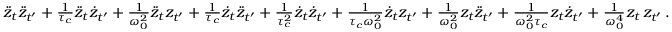
\begin{array} { r l } & { \ddot { z } _ { t } \ddot { z } _ { t ^ { \prime } } + \frac { 1 } { \tau _ { c } } \ddot { z } _ { t } \dot { z } _ { t ^ { \prime } } + \frac { 1 } { \omega _ { 0 } ^ { 2 } } \ddot { z } _ { t } z _ { t ^ { \prime } } + \frac { 1 } { \tau _ { c } } \dot { z } _ { t } \ddot { z } _ { t ^ { \prime } } + \frac { 1 } { \tau _ { c } ^ { 2 } } \dot { z } _ { t } \dot { z } _ { t ^ { \prime } } + \frac { 1 } { \tau _ { c } \omega _ { 0 } ^ { 2 } } \dot { z } _ { t } { z } _ { t ^ { \prime } } + \frac { 1 } { \omega _ { 0 } ^ { 2 } } z _ { t } \ddot { z } _ { t ^ { \prime } } + \frac { 1 } { \omega _ { 0 } ^ { 2 } \tau _ { c } } z _ { t } \dot { z } _ { t ^ { \prime } } + \frac { 1 } { \omega _ { 0 } ^ { 4 } } z _ { t } \, { z } _ { t ^ { \prime } } \, . } \end{array}